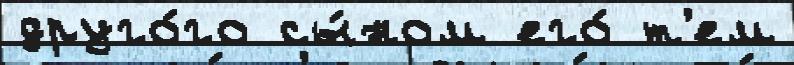
друго́го сы́ном его́ т'ем